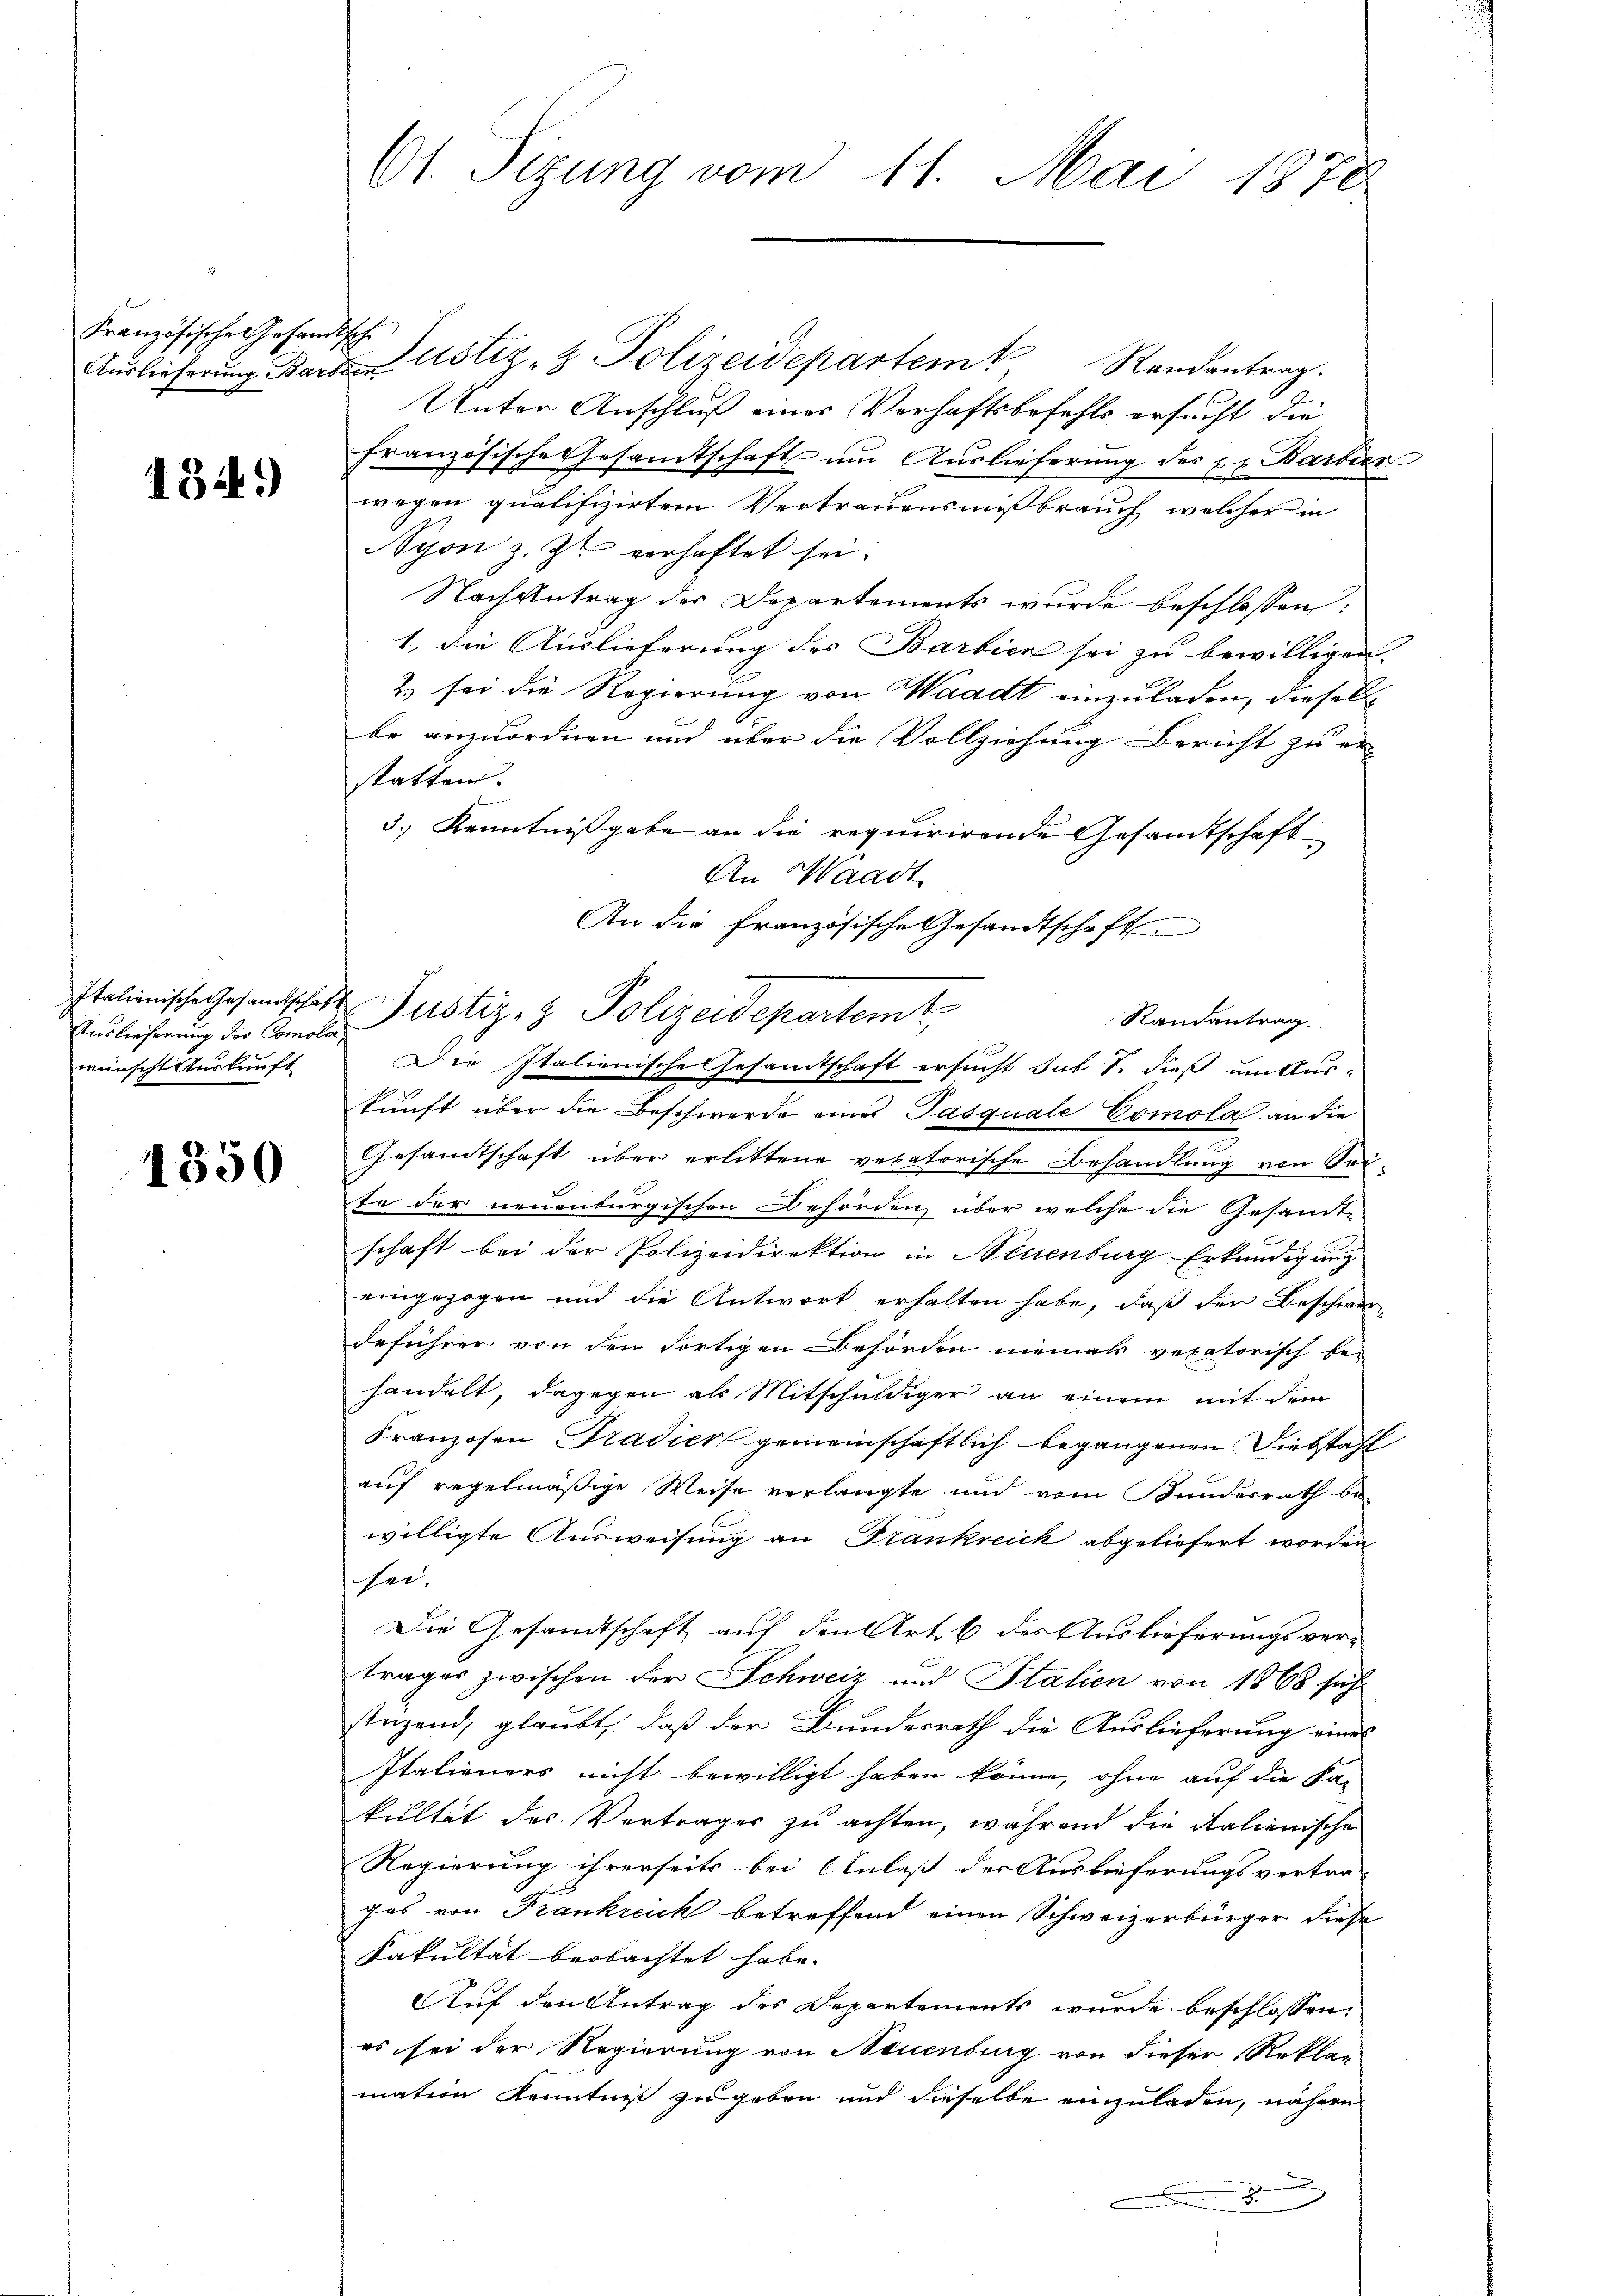
Französisches Gesandtsche

134.)

Auslieferung die Comola
wünscht Auskunft

1350

61. Sizung vom 11. Mai 1878

Aŭslieferŭng Band ustiz- & Polizeidepartem Randantrag.
Unter Anschluß eines Verhaftsbefehls ersucht die
französische Gesamtschaft um Auslieferung des xx Barbier
wegen qualifizirtem Vertrauensmißbrauch, welcher in
Nyon z. Zt. vorhaftet sei.
Nach Antrag der Departements wurde beschlossen.
1., die Auslieferung des Barbien sei zu bewilligen.
2.) sei die Regierung von Waadt einzuladen, diesellbe anzuordnen und über die Vollziehung Bericht zu er-
statten.
3.) Kenntnißgabe an die requirirende Gesamtschaft
An Waadt
An die Französische Gesandtschaft
Die Italienische Gesandtschaft ersucht sub S. dieß um Auskunft über die Beschwerde eines Pasquale Comola an die
Gesandtschaft über erlittene vexatorische Behandlung von Seite der neuenburgischen Behörden, über welche die Gesandt-
schaft bei der Polizeidirektion in Neuenburg Erkundigung
eingezogen und die Antwort erhalten habe, daß der Beschwerdeführer von den Fortigen Behörden niemals veratorisch be-
handelt, dagegen als Mitschuldiger an einem mit dem
Franzosen Tradick gemeinschaftlich begangenen Diebstahl
auf regelmäßige Weise verlangte und vom Bundesrath be-
willigte Ausweisung an Frankreich abgeliefert worden
sei.
Die Gesandtschaft auf den Art. 6 des Auslieferungsver-
trages zwischen der Schweiz und Stalien von 1868 sich
stüzend, glaubt, daß der Bundesrath die Auslieferung eines
Italieners nicht bewilligt haben könne, ohne auf die Fa-
kultät des Vertrages zu achten, während die italienische
Regierung ihrerseits bei Einlaß der Auslieferungsvertra
gas von Frankreich betreffend einen Schweizerbürger diese
Fakultät beobachtet habe.
Auf den Antrag des Departements wurde beschlossen:
es sei der Regierung von Neuenburg von dieser Reklan
mation Kenntnis zugeben und dieselbe einzuladen, nähere

Italienische Gesandschaft Justiz- & Polizeidepartemt

Randantrag.